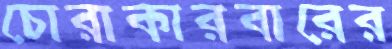
চোরাকারবারের